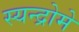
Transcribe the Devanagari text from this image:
स्यन्द्रोमे